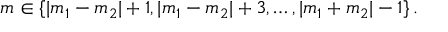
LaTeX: m \in \{ | m _ { 1 } - m _ { 2 } | + 1 , | m _ { 1 } - m _ { 2 } | + 3 , \ldots , | m _ { 1 } + m _ { 2 } | - 1 \} \, .